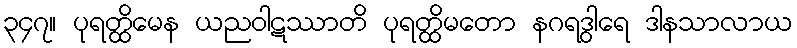
၃၄၇။ ပုရတ္ထိမေန ယညဝါဋဿာတိ ပုရတ္ထိမတော နဂရဒွါရေ ဒါနသာလာယ